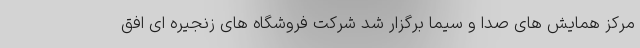
مرکز همایش های صدا و سیما برگزار شد شرکت فروشگاه های زنجیره ای افق